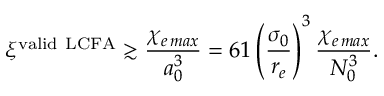
\xi ^ { { \mathrm { v a l i d \ L C F A } } } \gtrsim \frac { \chi _ { e \, m a x } } { a _ { 0 } ^ { 3 } } = 6 1 \left( \frac { \sigma _ { 0 } } { r _ { e } } \right) ^ { 3 } \frac { \chi _ { e \, m a x } } { N _ { 0 } ^ { 3 } } .